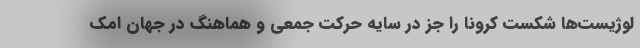
لوژیست‌ها شکست کرونا را جز در سایه حرکت جمعی و هماهنگ در جهان امک